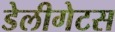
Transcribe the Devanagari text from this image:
डेलीगेटस